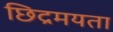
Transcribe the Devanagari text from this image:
छिद्रमयता